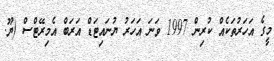
މީގެ އަހަރުތަކެއް ކުރިން 1997 ވަނަ އަހަރު ޔުނައިޓަޑް އަރަބް އެމިރޭޓްސް (ޔޫ.